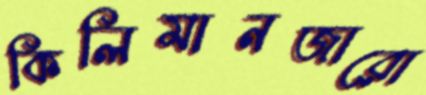
কিলিমানজারো